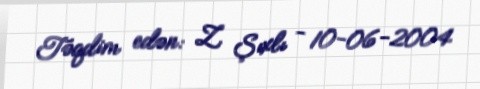
Təqdim edən: Z. Şıxlı - 10-06-2004